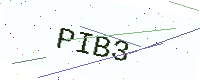
Text: PIB3